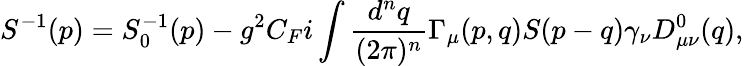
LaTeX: S^{-1}(p)=S_{0}^{-1}(p)-g^{2}C_{F}i\int{\frac{d^{n}q}{(2\pi)^{n}}}\Gamma_{\mu}(p,q)S(p-q)\gamma_{\nu}D_{\mu\nu}^{0}(q),